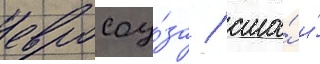
евросоу́за / сша́ и́